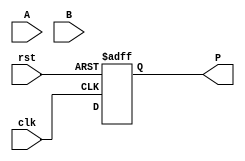
module wallace_tree_multiplier #(
    parameter N = 4 // Bit-width of inputs A and B
)(
    input  wire [N-1:0] A,     // Multiplicand
    input  wire [N-1:0] B,     // Multiplier
    input  wire clk,           // Clock signal
    input  wire rst,           // Reset signal
    output reg [2*N-1:0] P     // Product (output)
);

    // Partial products
    reg [N-1:0] pp[N-1:0];

    // Intermediate sums for Wallace tree
    reg [N+1:0] sum [2*N-1:0];
    reg [2*N-1:0] carry [2*N-1:0];

    // Logic to generate partial products
    integer i;
    always @(*) begin
        for (i = 0; i < N; i = i + 1) begin
            pp[i] = A & {N{B[i]}}; // Generate partial products
        end
    end

    // Wallace Tree Reduction
    // First reduction of partial products
    integer j;
    always @(*) begin
        for (j = 0; j < N; j = j + 1) begin
            sum[j] = {1'b0, pp[j]} + sum[j-1]; // Need to handle carry
            carry[j] = {1'b0, pp[j]} & sum[j-1]; // Capture carry for addition
        end
    end

    // Final reduction to 2 rows
    reg [2*N-1:0] final_sum;
    reg [2*N-1:0] final_carry;

    always @* begin
        final_sum = 0; // Initialize
        final_carry = 0; // Initialize
        for (j = 0; j < N; j = j + 1) begin
            final_sum = final_sum + sum[j] + carry[j];
        end
    end

    // Output product calculation
    always @(posedge clk or posedge rst) begin
        if (rst) begin
            P <= 0; // Reset output product
        end else begin
            P <= final_sum; // Capture product
        end
    end

endmodule